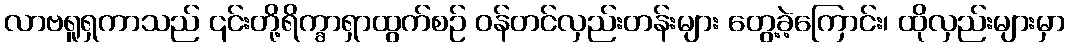
လာဗရူရှကာသည် ၎င်းတို့ရိက္ခာရှာထွက်စဉ် ဝန်တင်လှည်းတန်းများ တွေ့ခဲ့ကြောင်း၊ ထိုလှည်းများမှာ